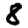
Digit: 8